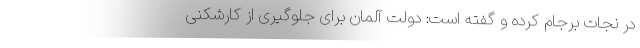
در نجات برجام کرده و گفته است: دولت آلمان برای جلوگیری از کارشکنی